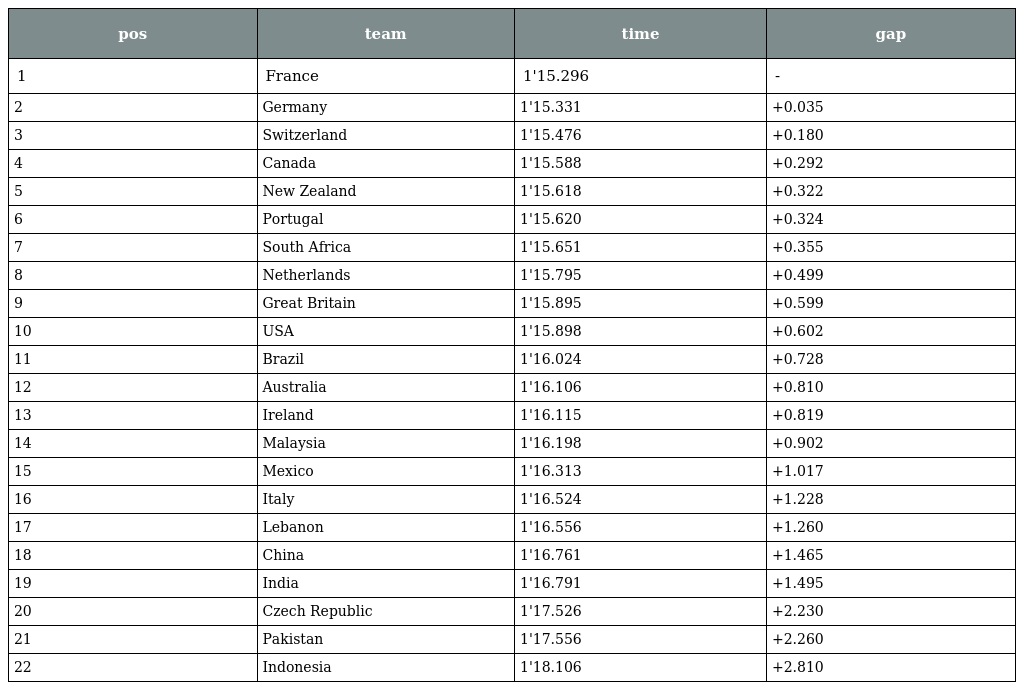
| pos | team | time | gap |
 | --- | --- | --- | --- |
 | 1 | France | 1'15.296 | - |
 | 2 | Germany | 1'15.331 | +0.035 |
 | 3 | Switzerland | 1'15.476 | +0.180 |
 | 4 | Canada | 1'15.588 | +0.292 |
 | 5 | New Zealand | 1'15.618 | +0.322 |
 | 6 | Portugal | 1'15.620 | +0.324 |
 | 7 | South Africa | 1'15.651 | +0.355 |
 | 8 | Netherlands | 1'15.795 | +0.499 |
 | 9 | Great Britain | 1'15.895 | +0.599 |
 | 10 | USA | 1'15.898 | +0.602 |
 | 11 | Brazil | 1'16.024 | +0.728 |
 | 12 | Australia | 1'16.106 | +0.810 |
 | 13 | Ireland | 1'16.115 | +0.819 |
 | 14 | Malaysia | 1'16.198 | +0.902 |
 | 15 | Mexico | 1'16.313 | +1.017 |
 | 16 | Italy | 1'16.524 | +1.228 |
 | 17 | Lebanon | 1'16.556 | +1.260 |
 | 18 | China | 1'16.761 | +1.465 |
 | 19 | India | 1'16.791 | +1.495 |
 | 20 | Czech Republic | 1'17.526 | +2.230 |
 | 21 | Pakistan | 1'17.556 | +2.260 |
 | 22 | Indonesia | 1'18.106 | +2.810 |